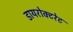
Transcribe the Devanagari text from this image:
डायरोक्टरेट